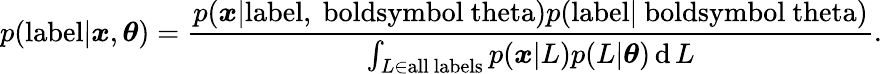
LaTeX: p(\mathrm{{label}}|{\boldsymbol{x}},{\boldsymbol{\theta}})={\frac{p({{\boldsymbol{x}}|\mathrm{{label,{\ boldsymbol{\ theta}}}}})p(\mathrm{{label|{\ boldsymbol{\ theta}}}})}{\int_{L\in{\mathrm{all~labels}}}p({\boldsymbol{x}}|L)p(L|{\boldsymbol{\theta}})\operatorname{d}L}}.